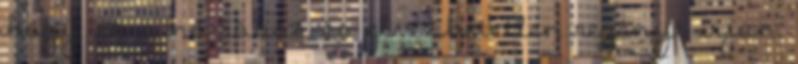
hogy ez a nő rossz és élvezhetetlen regényt írjon.